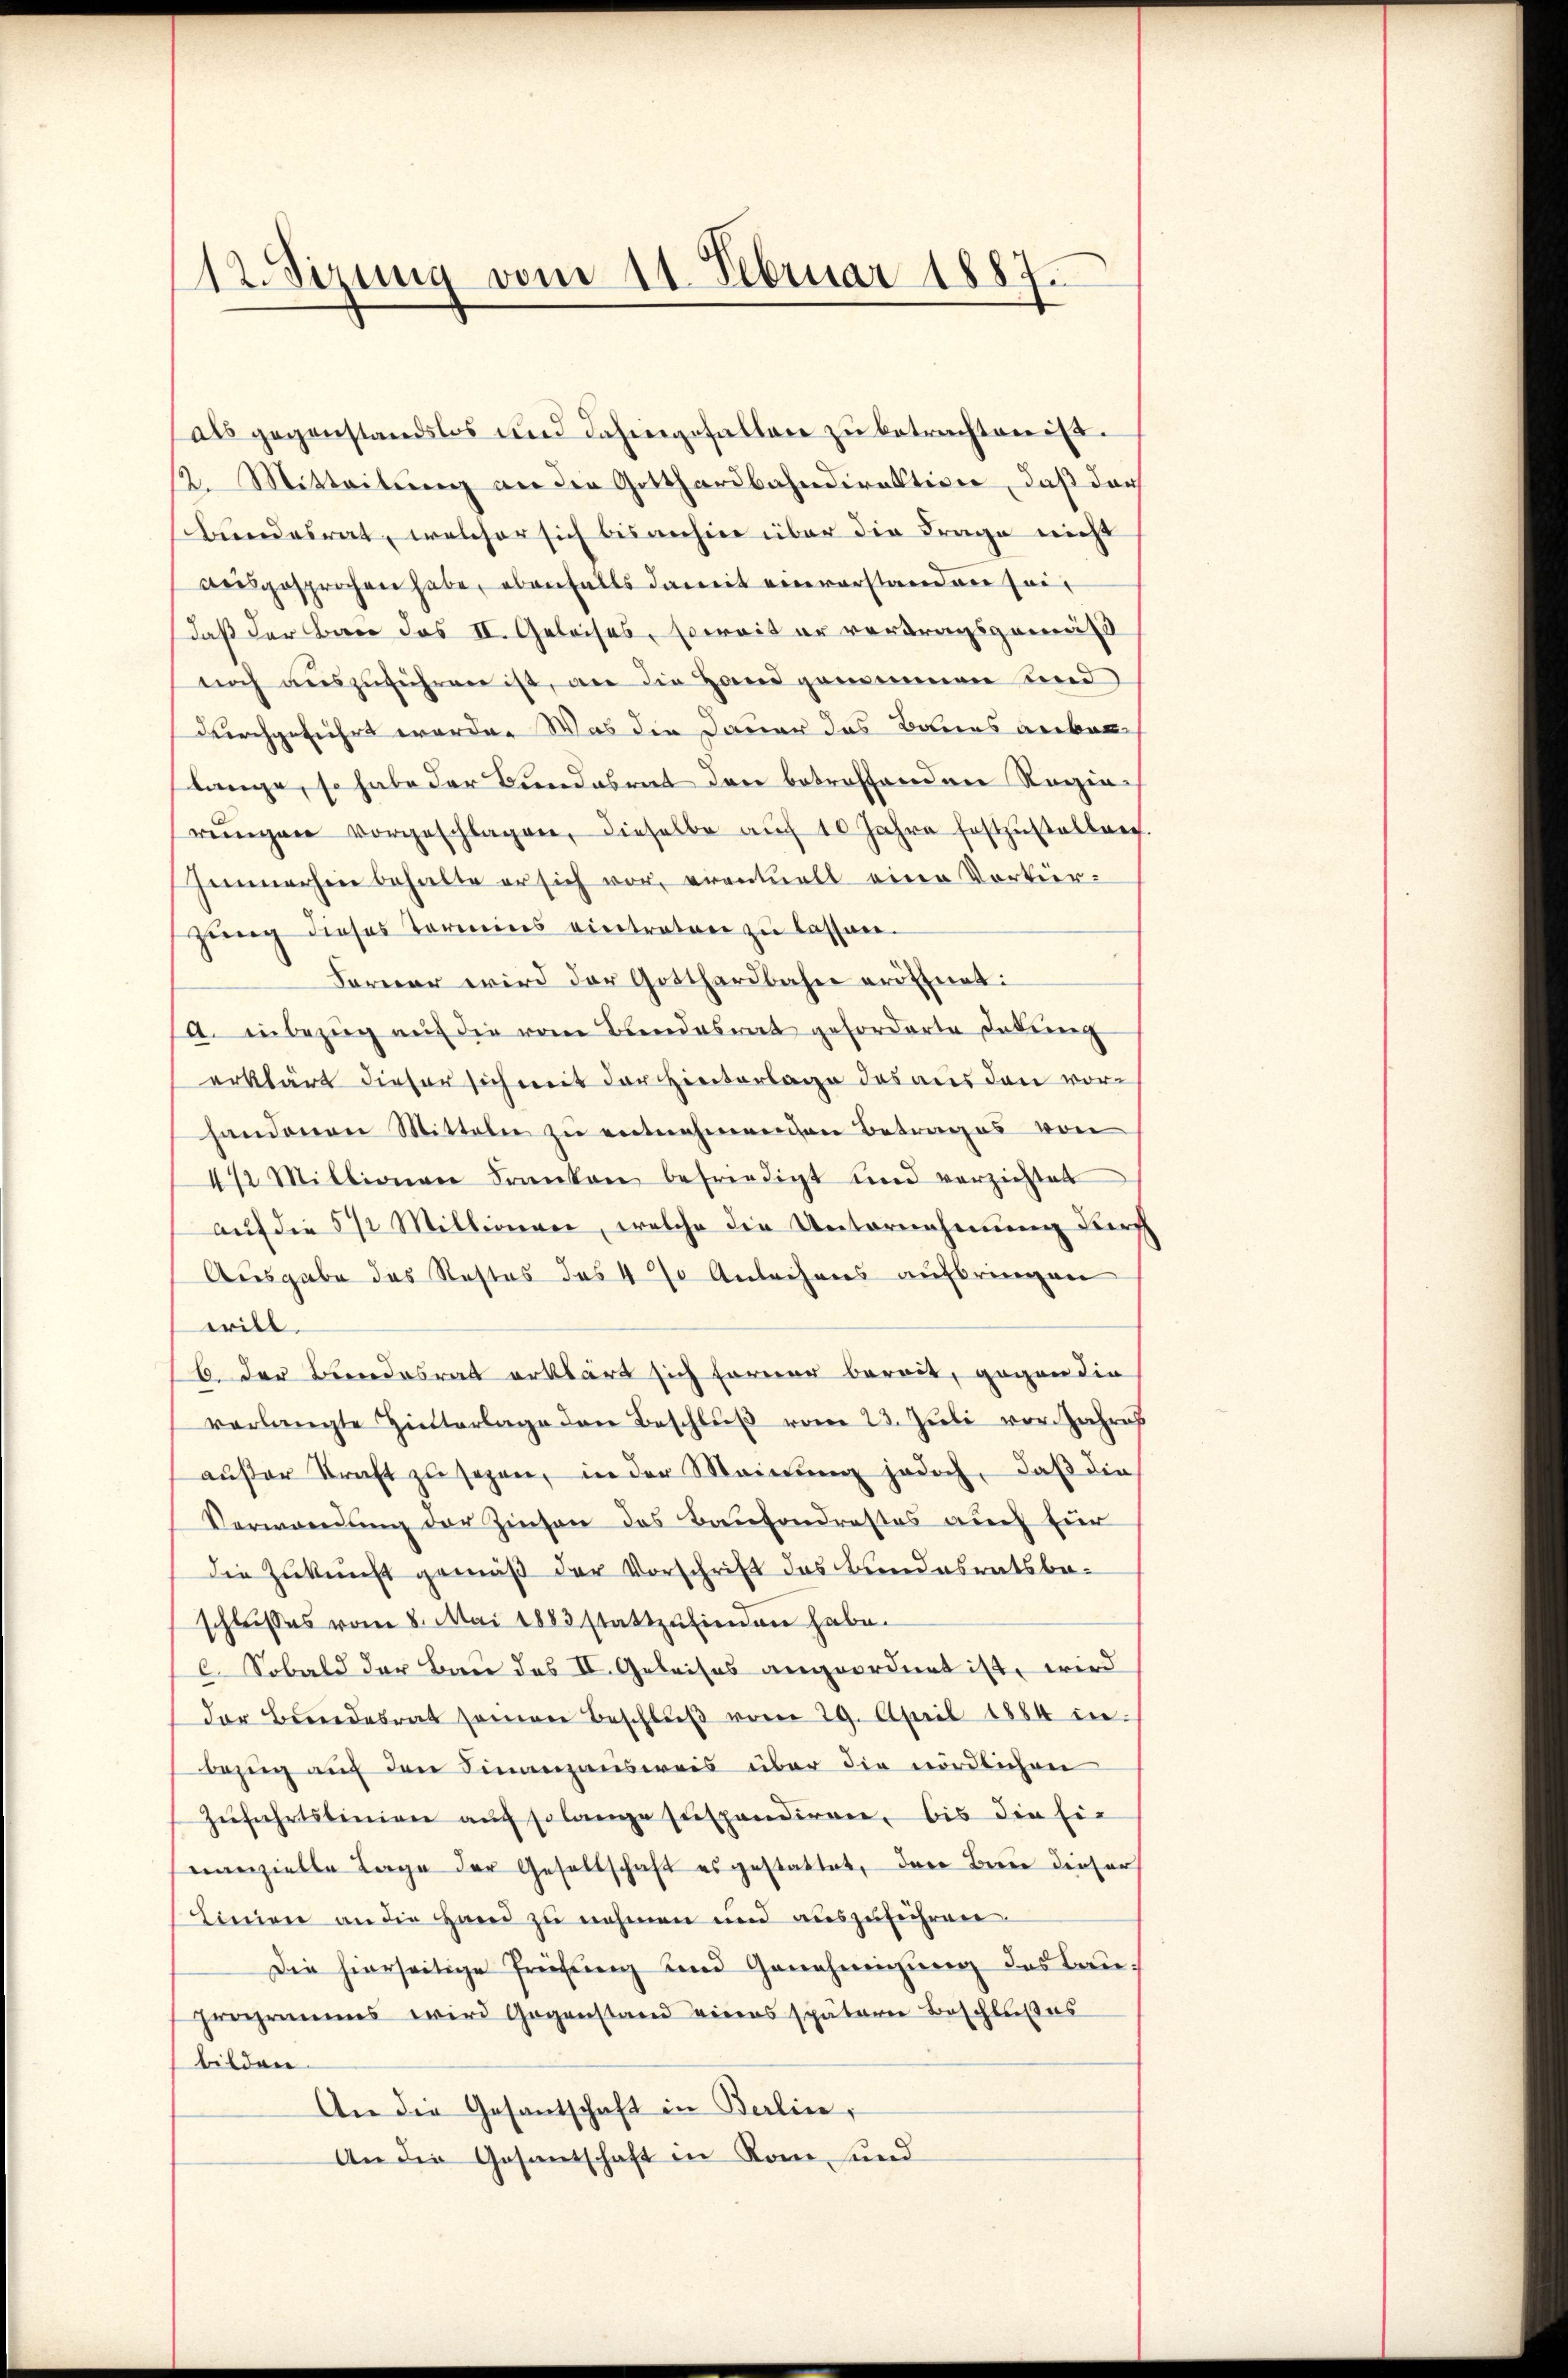
12. Sizung vom 11. Februar 1887.

als gegenstandslos und dahingefallen zŭ betrachten ist.
12. Mitteilung an der Gotthardbahndirektiver, daß der
bundesrat, welcher sich bisanhier über die Frage nicht
ausgesprochen habe, ebenfalls damit einverstanden Zeit
daß der Bau das II. Geleises, soweit er vertragsgemäß
noch aŭszŭführen ist, an die Hand genommen und
durchgeführt worden Was die Dauer das Banns gekomslange, so habe der Bundesrat den betroffenden Regierengen vorgeschlagen, dieselbe auch 10 Jahre festzustellen
Immerhin behalte er sich vor, eventuell eine Vorkirzung dieses Termins eintraten zu lassen.
Forner wird der Gotthardbahn eröffnet:
a. in bezug auf die vom Bundesrat geforderte Labung
erklärt dieser sich mit der Hinterlage das aus den vorhandenen Mitteln zŭ entnehmenden Betrages von
472 Millionen Franken befriedigt und verzichtet
auf die 5 % Millionen, welche die Unternehmung durc
Ausgabe das Restes des 4 % Anleihens aufbringen
will.
b. der Beendesrat erklärt sich ferner bereit, gegen die
verlangte Hinterlage den Beschlŭβ vom 23. Juli vor Jahres
aŭfer Straft zŭ sezen, in der Meinŭng jedoch, daβ die
Verwandŭng der Zinsen des Baufondrestes auch für
die Zukunft gemäß der Vorschrift des Bundesratsbeschlusses vom 8. Mai 1883 stattzufinden habe.
C. Sobald der Bau des II. Geleises angeordnet ist, wird
der Bundesrat seinen Beschlŭβ vom 29. April 1884 in
bezug auf den Finanzausweis über die nördlichen
Zŭfahrtslinien auf solange suspendiren, bis die Ein
manzielle Tage der Gesellschaft es gestattet, den Berne dieser
Linien an die Hand zu nehmen und aŭszŭführen.
Die hierseitige Prüfung und Genehmigung des Bauprogramms wird Gegenstand eines späterer Beschlußes
bilden.
An die Gesantschaft in Berlin,
An die Gesantschaft in Rom und